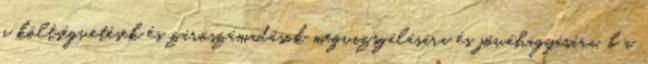
a költségvetések és zárószámadások megvizsgálására és jóváhagyására, b a